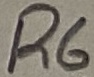
Text: R6